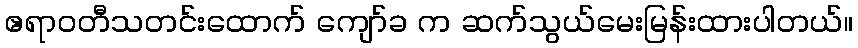
ဧရာဝတီသတင်းထောက် ကျော်ခ က ဆက်သွယ်မေးမြန်းထားပါတယ်။